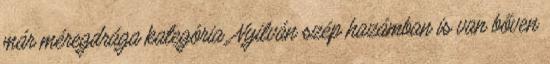
már méregdrága kategória. Nyilván szép hazámban is van bőven